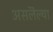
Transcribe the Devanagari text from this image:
असलॆल्या